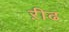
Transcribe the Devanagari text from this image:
ऱीढ